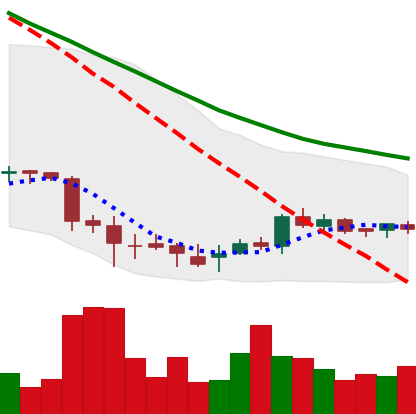
Ticker: DOGE-USD
Chart end date: 2018-07-08
Forward return: -10.686%
Label: down_7plus